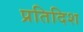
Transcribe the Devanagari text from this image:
प्रतिदिश